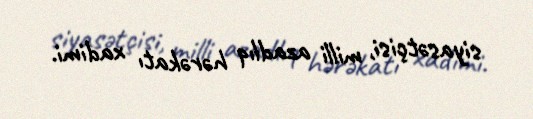
siyasətçisi, milli azadlıq hərəkatı xadimi.